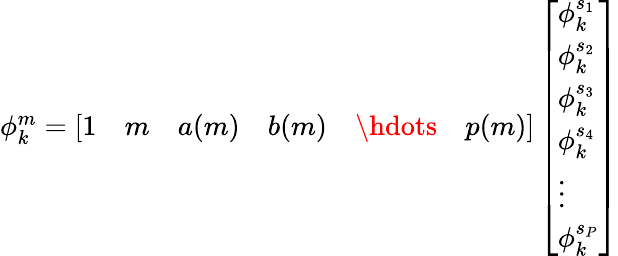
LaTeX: \begin{array}{r}{\phi_{k}^{m}=\left[\begin{array}{llllll}{1}&{m}&{a(m)}&{b(m)}&{\hdots}&{p(m)}\end{array}\right]\left[\begin{array}{l}{\phi_{k}^{s_{1}}}\\ {\phi_{k}^{s_{2}}}\\ {\phi_{k}^{s_{3}}}\\ {\phi_{k}^{s_{4}}}\\ {\vdots}\\ {\phi_{k}^{s_{P}}}\end{array}\right]}\end{array}